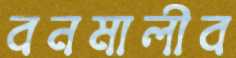
বনমালীব